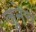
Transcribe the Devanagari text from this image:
जुनेच